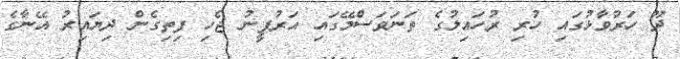
ދޫ ހަރުވާޅުގައި ހުރި ރުހައިލުގެ ތަނަވަސްމޭގައި އަރުފީނު ޖެހި ފިތިގެން ދިޔައިރު އޭނާގެ